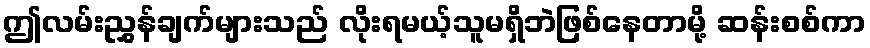
ဤလမ်းညွှန်ချက်များသည် လိုးရမယ့်သူမရှိဘဲဖြစ်နေတာမို့ ဆန်းစစ်ကာ